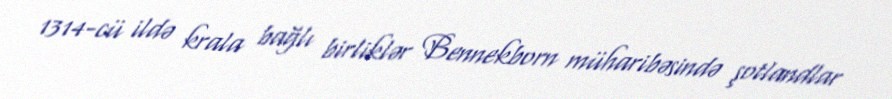
1314-cü ildə krala bağlı birliklər Bennekborn müharibəsində şotlandlar